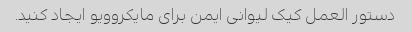
دستور العمل کیک لیوانی ایمن برای مایکروویو ایجاد کنید.